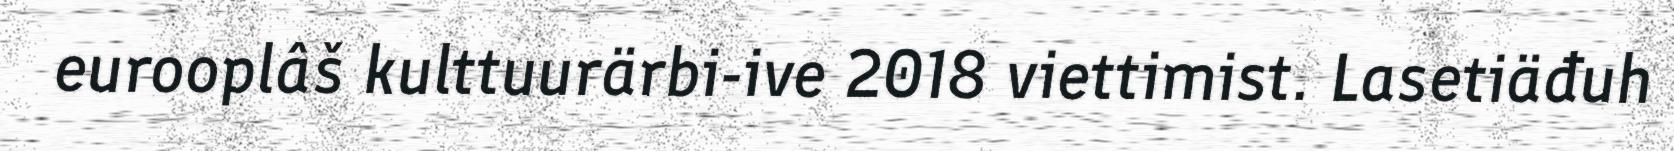
eurooplâš kulttuurärbi-ive 2018 viettimist. Lasetiäđuh